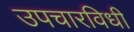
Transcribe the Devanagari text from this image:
उपचारविधी